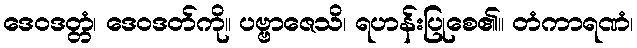
ဒေဝဒတ္တံ၊ ဒေဝဒတ်ကို။ ပဗ္ဗာဇေသိ၊ ရဟန်းပြုစေ၏။ တံကာရဏံ၊